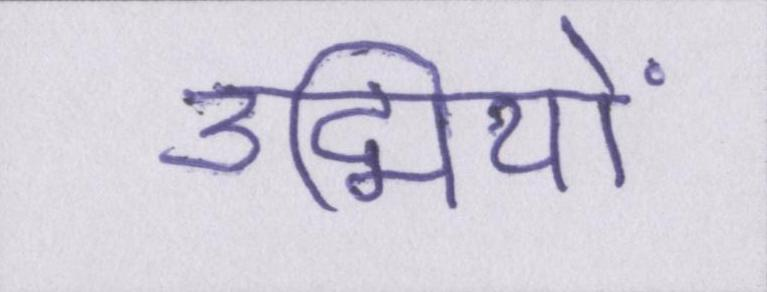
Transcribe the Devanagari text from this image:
उद्मियों